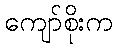
ကျော်စိုးက